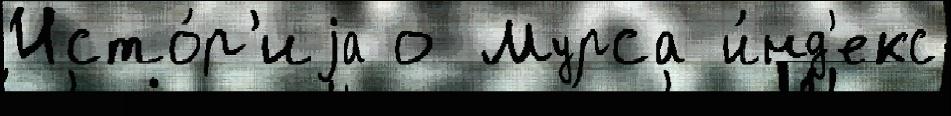
Исто́р'иjа о Мурса и́нд'екс